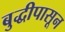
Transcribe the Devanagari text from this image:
बुद्धीपासून